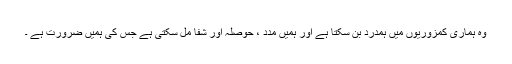
وہ ہماری کمزوریوں میں ہمدرد بن سکتا ہے اور ہمیں مدد ، حوصلہ اور شفا مل سکتی ہے جس کی ہمیں ضرورت ہے ۔